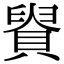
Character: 䝿